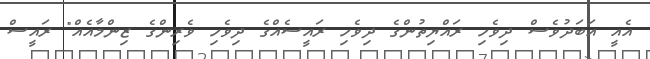
އެއީ އަބަދުވެސް ދިވެހި ރައްޔިތުންގެ ދިވެހި ރައީސެއްގެ ދިވެހި ވެރިންގެ ޒިންމާއެއް" ރައީސް